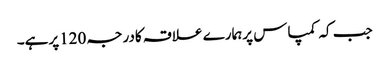
جب کہ کمپاس پرہمارے علاقہ کادرجہ 120پرہے۔